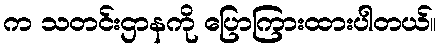
က သတင်းဌာနကို ပြောကြားထားပါတယ်။